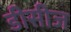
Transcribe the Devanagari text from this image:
डीसीज